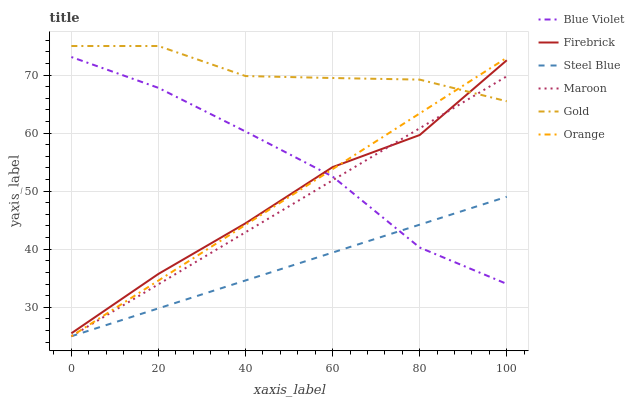
| xaxis_label | Blue Violet | Firebrick | Steel Blue | Maroon | Gold | Orange |
 | --- | --- | --- | --- | --- | --- | --- |
 | 0 | 73.1 | 25.5 | 25 | 25 | 75 | 25 |
 | 20 | 67.8 | 35.7 | 29.8 | 34 | 75 | 34.6 |
 | 40 | 60.3 | 44.5 | 34.6 | 42.9 | 69.8 | 44.2 |
 | 60 | 52.5 | 54.1 | 39.4 | 51.9 | 69.5 | 53.8 |
 | 80 | 40.3 | 59.7 | 44.2 | 60.8 | 69.2 | 63.4 |
 | 100 | 34 | 72.5 | 49 | 69.8 | 65.5 | 73 |